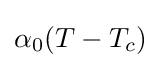
\alpha _{0}(T-T_{c})